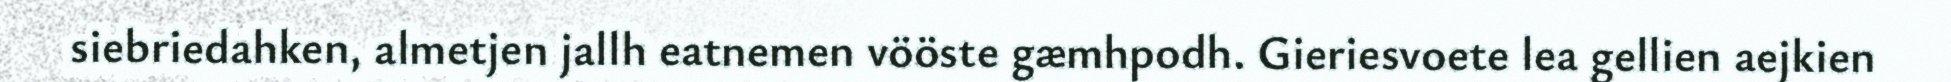
siebriedahken, almetjen jallh eatnemen vööste gæmhpodh. Gieriesvoete lea gellien aejkien